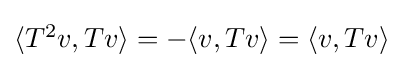
{\textstyle \langle T^{2}v,Tv\rangle =-\langle v,Tv\rangle =\langle v,Tv\rangle }